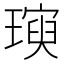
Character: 𪼖